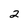
Character: 2